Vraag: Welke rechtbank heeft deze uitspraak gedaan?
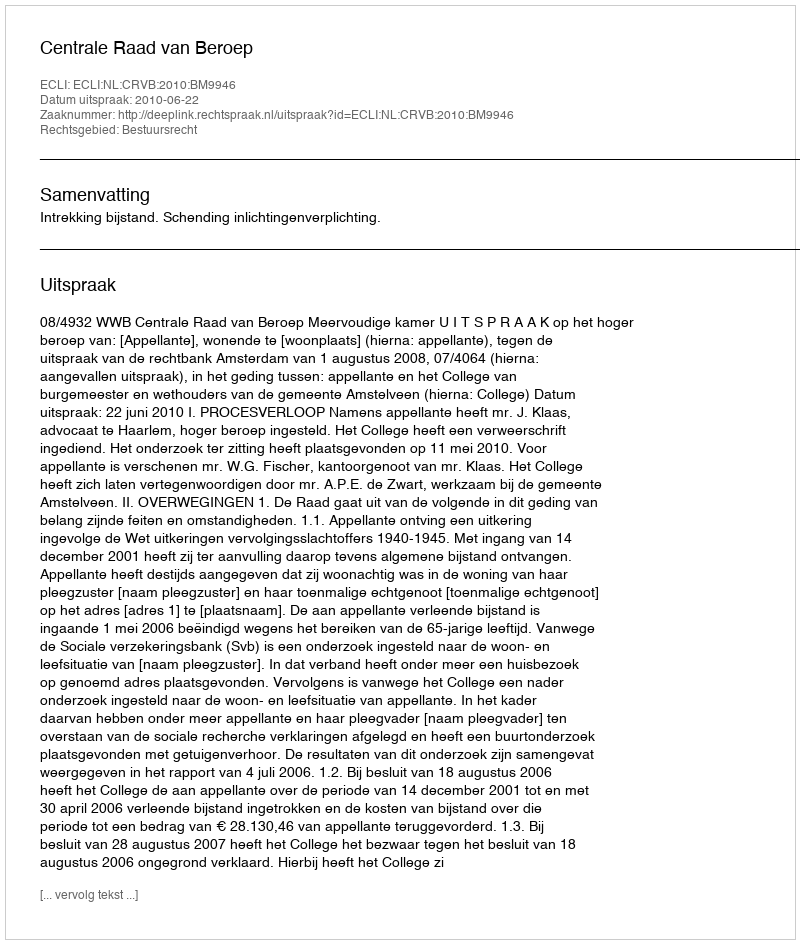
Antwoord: Centrale Raad van Beroep